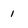
Character: 1